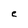
Character: e